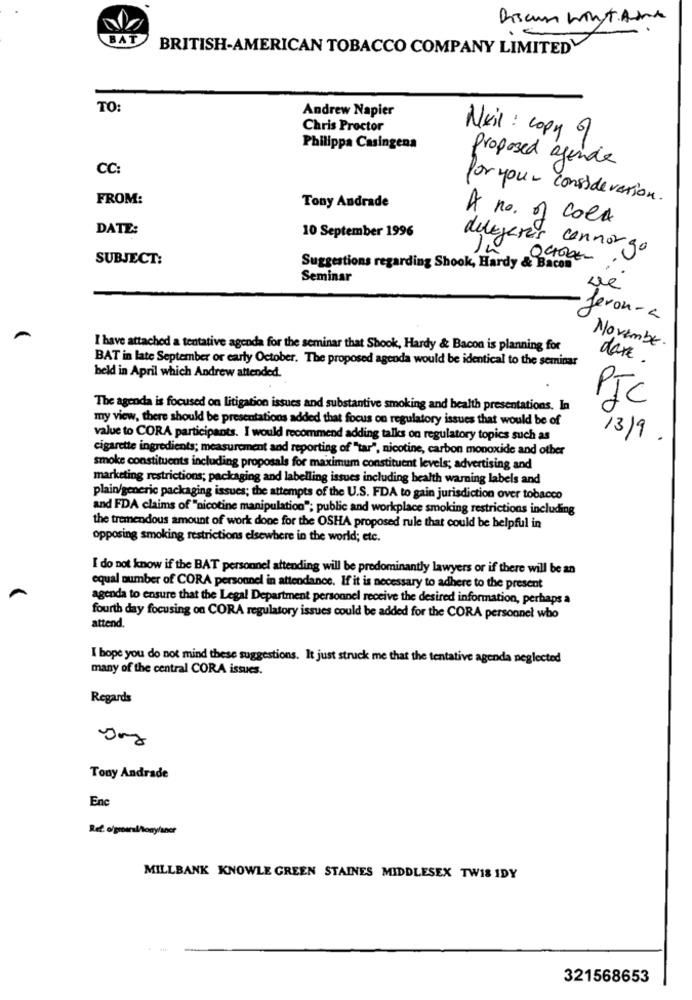
Discuss winst Adrie
BAT
.€
BRITISH-AMERICAN TOBACCO COMPANY LIMITED
TO
Andrew Napier
Chris Proctor
Mail : copy of
Philippa Casingena
Proposed agenda
CC:
FROM:
Tony Andrade
for your consideration.
A no. of cold
DATE:
10 September 1996
delegeres connora
10
SUBJECT:
OCTOBER
Suggestions regarding Shook, Hardy & Bacon
Seminar
3 320
·feron-a
I have attached a tentative agenda for the seminar that Shook, Hardy & Bacon is planning for
Novembe.
BAT in late September or early October. The proposed agenda would be identical to the seminar
dare.
held in April which Andrew attended.
PIC
The agenda is focused on Litigation issues and substantive smoking and health presentations. In
my view, there should be presentations added that focus on regulatory issues that would be of
value to CORA participants. I would recommend adding talks on regulatory topics such as
13/9.
cigarette ingredients; measurement and reporting of "tar", nicotine, carbon monoxide and other
smoke constituents including proposals for maximum constituent levels; advertising and
marketing restrictions; packaging and labelling issues including health warning labels and
plain/generic packaging issues; the attempts of the U.S. FDA to gain jurisdiction over tobacco
and FDA claims of "nicotine manipulation"; public and workplace smoking restrictions including
the tremendous amount of work done for the OSHA proposed rule that could be helpful in
opposing smoking restrictions elsewhere in the world; etc.
I do not know if the BAT personnel attending will be predominantly lawyers or if there will be an
equal number of CORA personnel in attendance. If it is necessary to adhere to the present
agenda to ensure that the Legal Department personnel receive the desired information, perhaps a
fourth day focusing on CORA regulatory issues could be added for the CORA personnel who
attend.
I hope you do not mind these suggestions. It just struck me that the tentative agenda neglected
many of the central CORA issues.
Regards
Tony Andrade
Enc
MILLBANK KNOWLE GREEN STAINES MIDDLESEX TWIS IDY
321568653